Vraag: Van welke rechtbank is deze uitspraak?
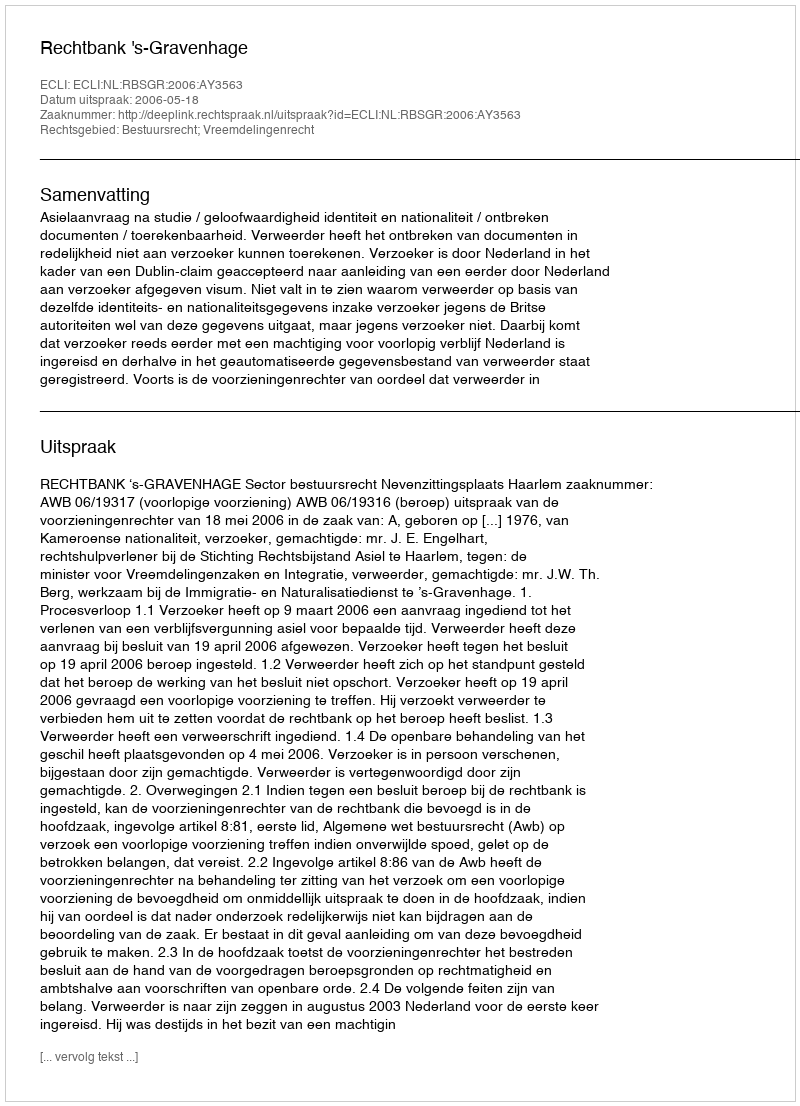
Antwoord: Rechtbank 's-Gravenhage